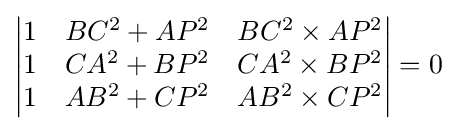
{\begin{vmatrix}1&BC^{2}+AP^{2}&BC^{2}\times AP^{2}\\1&CA^{2}+BP^{2}&CA^{2}\times BP^{2}\\1&AB^{2}+CP^{2}&AB^{2}\times CP^{2}\end{vmatrix}}=0